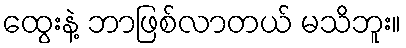
ထွေးနဲ့ ဘာဖြစ်လာတယ် မသိဘူး။